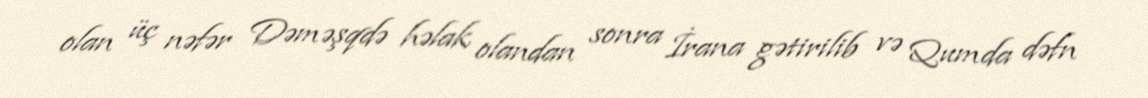
olan üç nəfər Dəməşqdə həlak olandan sonra İrana gətirilib və Qumda dəfn